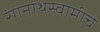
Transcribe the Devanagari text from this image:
रंगनाथस्वामीचे